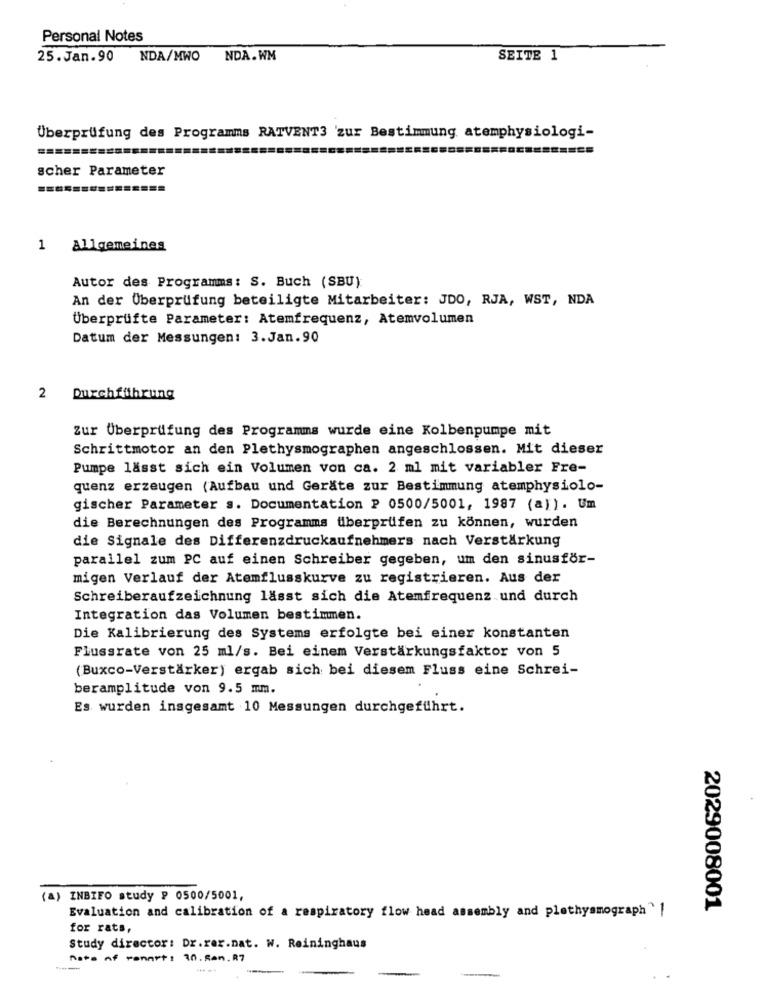
Personal Notes
25. Jan.90
NDA/MWO
NDA.WM
SEITE 1
Überprüfung des Programms RATVENT3 'zur Bestimmung atemphysiologi-
scher Parameter
1
Allgemeines
Autor des Programms: S. Buch (SBU)
An der Überprüfung beteiligte Mitarbeiter: JDO, RJA, WST, NDA
Überprüfte Parameter: Atemfrequenz, Atemvolumen
Datum der Messungen: 3.Jan.90
2 Durchführung
2
Zur Überprüfung des Programms wurde eine Kolbenpumpe mit
Schrittmotor an den Plethysmographen angeschlossen. Mit dieser
Pumpe lässt sich ein Volumen von ca. 2 ml mit variabler Fre-
quenz erzeugen (Aufbau und Geräte zur Bestimmung atemphysiolo-
gischer Parameter s. Documentation ₽ 0500/5001, 1987 (a)). Um
die Berechnungen des Programms überprüfen zu können, wurden
die Signale des Differenzdruckaufnehmers nach Verstärkung
parallel zum PC auf einen Schreiber gegeben, um den sinusfor-
migen Verlauf der Atemflusskurve zu registrieren. Aus der
Schreiberaufzeichnung lässt sich die Atemfrequenz und durch
Integration das Volumen bestimmen.
Die Kalibrierung des Systems erfolgte bei einer konstanten
Flussrate von 25 ml/s. Bei einem Verstärkungsfaktor von 5
(Buxco-Verstärker) ergab sich bei diesem Fluss eine Schrei-
beramplitude von 9.5 mm.
Es wurden insgesamt 10 Messungen durchgeführt.
) INBIFO study ₽ 0500/5001,
2029008001
Evaluation and calibration of a respiratory flow head assembly and plethysmograph " |
for rats,
Study director: Dr.rer.nat. W. Reininghaus
Rate of renart: 10. San. R7